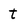
Character: t